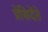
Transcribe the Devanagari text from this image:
प्रेसिदेंते